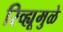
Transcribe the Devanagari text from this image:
रिव्ह्यूमुळे